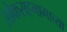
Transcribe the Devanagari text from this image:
लोकसहभागाच्या